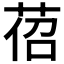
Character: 𦯐